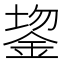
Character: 𬫔